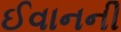
ઈવાનની